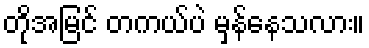
တိုအမြင် တကယ်ပဲ မှန်နေသလား။